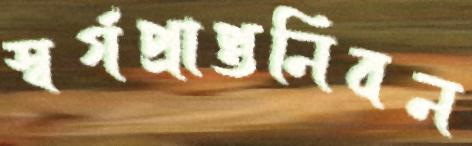
স্বর্গপ্রাপ্তনিবন